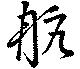
航